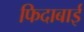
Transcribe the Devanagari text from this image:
फिदाबाई